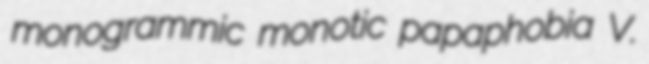
monogrammic monotic papaphobia V.